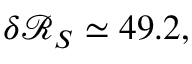
\delta \mathcal { R } _ { S } \simeq 4 9 . 2 ,